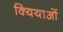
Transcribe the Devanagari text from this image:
क्यियाओं